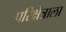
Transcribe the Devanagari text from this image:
परिक्षेत्राला